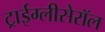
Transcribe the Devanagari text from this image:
ट्राईग्लीसेरॉल